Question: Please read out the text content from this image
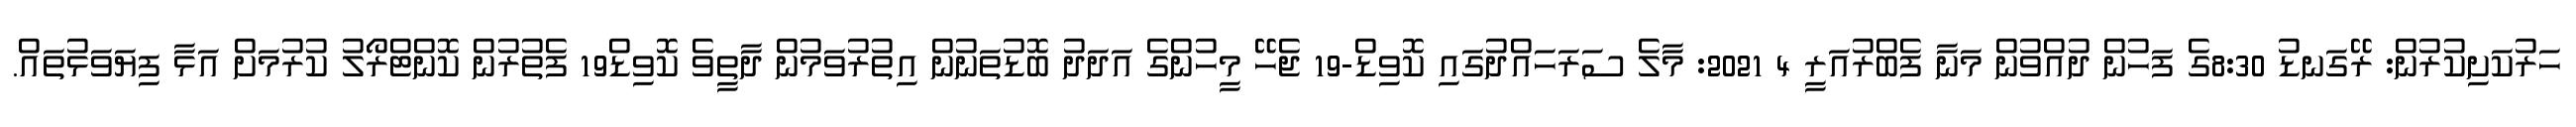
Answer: ހަރުކަށިކުރުން: ރޭގަނޑު 8:30ގެ ފަހުން ދުއްވުން މަނާ ފެބްރުއަރީ 4 2021: މާލެ ސަރަހައްދުގައި ކޮވިޑް-19 ޖެހޭ މީހުންގެ އަދަދު ބޮޑުތަނުން އިތުރުވަމުން ދާތީވެ ކޮވިޑް19 ފެތުރުން ކޮންޓްރޯލު ކުރުމަށް އަޅާ ފިޔަވަޅުތައް.